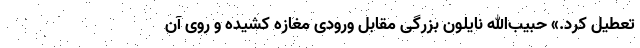
تعطیل کرد.» حبیب‌الله نایلون بزرگی مقابل ورودی مغازه کشیده و روی آن